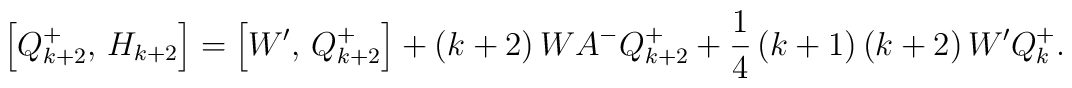
\left[Q_{k+2}^+,\,H_{k+2}\right]=\left[W',\,Q_{k+2}^+ \right]+\left(k+2\right)WA^-Q_{k+2}^++\frac 14 \left(k+1\right)\left(k+2\right)W'Q_k^+.